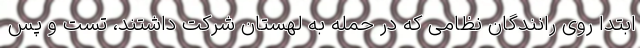
ابتدا روی رانندگان نظامی که در حمله به لهستان شرکت داشتند، تست و پس